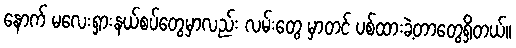
နောက် မလေးရှားနယ်စပ်တွေမှာလည်း လမ်းတွေ မှာတင် ပစ်ထားခဲ့တာတွေရှိတယ်။